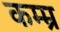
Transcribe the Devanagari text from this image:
कम्म्र